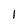
Character: 1